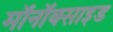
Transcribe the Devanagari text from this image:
मॉनॉक्साइड